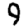
Digit: 9